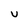
Character: U